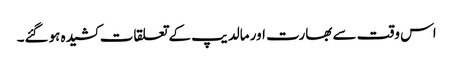
اس وقت سے بھارت اور مالدیپ کے تعلقات کشیدہ ہوگئے۔